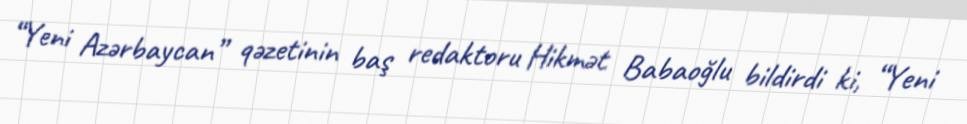
“Yeni Azərbaycan” qəzetinin baş redaktoru Hikmət Babaoğlu bildirdi ki, “Yeni